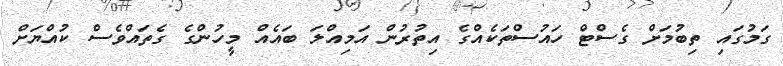
ގަމުގައި ތިބުމަށް ގެސްޓް ހައުސްތަކެއްގެ އިތުރުން އަމިއްލަ ބައެއް މީހުންގެ ގެތައްވެސް ކުއްޔަށް